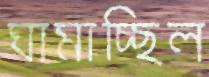
ঘামাচ্ছিল